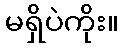
မရှိပဲကိုး။